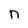
Character: n